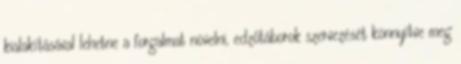
kialakításával lehetne a forgalmat növelni, edzőtáborok szervezését könnyítve meg